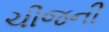
ચીજની